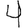
Digit: 4